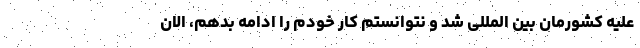
علیه کشورمان بین المللی شد و نتوانستم کار خودم را ادامه بدهم، الان